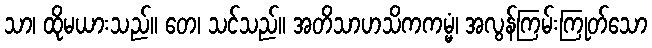
သာ၊ ထိုမယားသည်။ တေ၊ သင်သည်။ အတိသာဟသိကကမ္မံ၊ အလွန်ကြမ်းကြုတ်သော